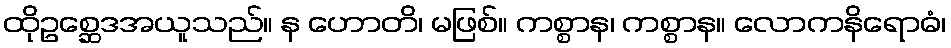
ထိုဥစ္ဆေဒအယူသည်။ န ဟောတိ၊ မဖြစ်။ ကစ္စာန၊ ကစ္စာန။ လောကနိရောဓံ၊